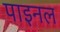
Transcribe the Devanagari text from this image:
पाइनल